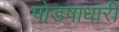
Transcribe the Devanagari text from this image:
षोडषाधारी